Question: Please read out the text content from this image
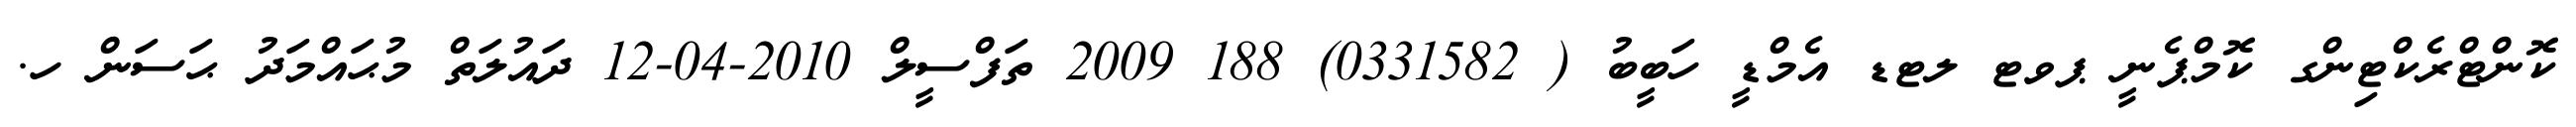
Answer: ކޮންޓްރެކްޓިންގ ކޮމްޕެނީ ޕވޓ ލޓޑ އެމްޑީ ހަބީބު ( 0331582) 188 2009 ތަފްސީލް 2010-04-12 ދައުލަތް މުޙައްމަދު ޙަސަން ހ.